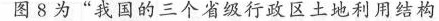
图8为”我国的三个省级行政区土地利用结构